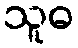
သူဓ